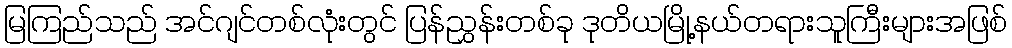
မြကြည်သည် အင်ဂျင်တစ်လုံးတွင် ပြန်ညွှန်းတစ်ခု ဒုတိယမြို့နယ်တရားသူကြီးများအဖြစ်